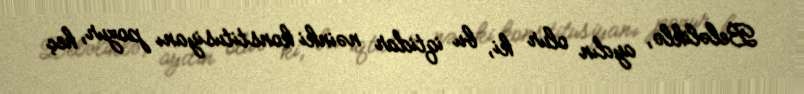
Beləliklə, aydın olur ki, bu iqtidar nəinki konstitusiyanı pozur, heç